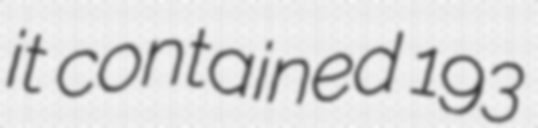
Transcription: it contained 193